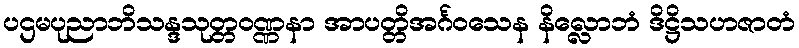
ပဌမပုညာဘိသန္ဒသုတ္တဝဏ္ဏနာ အာပတ္တိအင်္ဂဝသေန နိလ္လောဘံ ဒိဋ္ဌိသဟဇာတံ